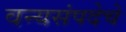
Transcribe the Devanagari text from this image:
वन्यसंपदेचे